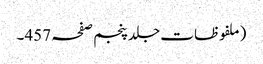
(ملفوظات جلد پنجم صفحہ 457۔